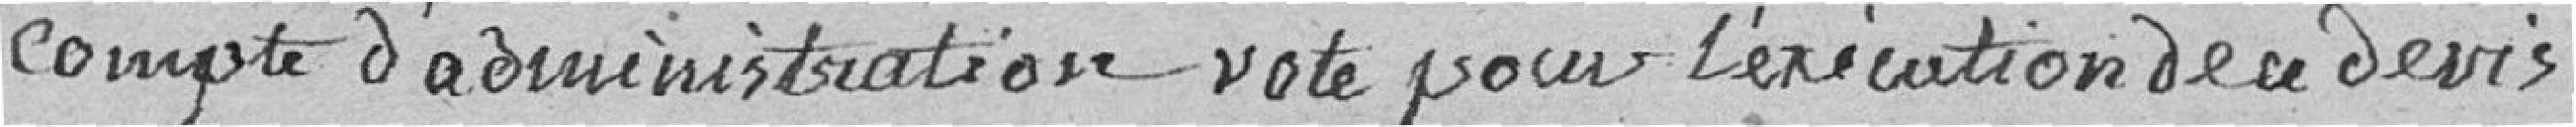
compte d'administration , vote pour l'exécution de ce devis